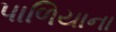
પાળિયાના